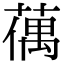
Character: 𦸲